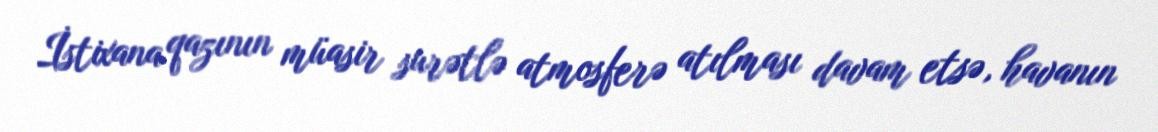
İstixana qazının müasir surətlə atmosferə atılması davam etsə, havanın